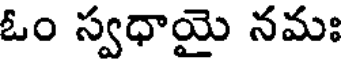
ఓం స్వధాయై నమః